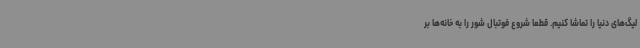
لیگ‌های دنیا را تماشا کنیم. قطعا شروع فوتبال شور را به خانه‌ها بر